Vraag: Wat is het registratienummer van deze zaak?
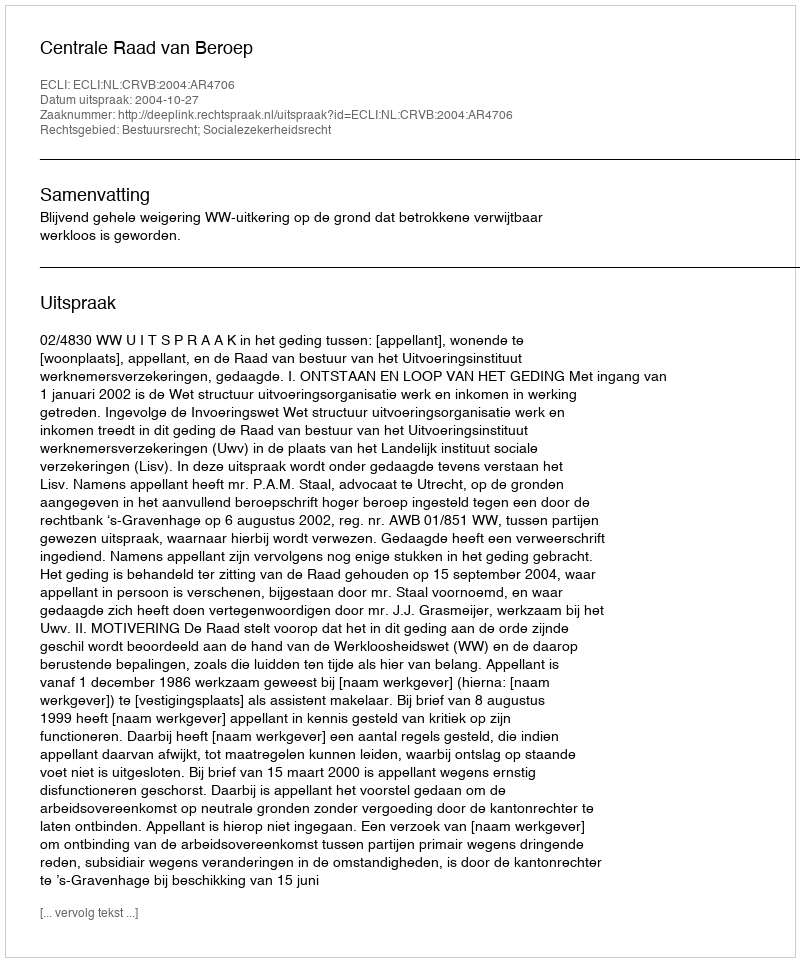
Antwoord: http://deeplink.rechtspraak.nl/uitspraak?id=ECLI:NL:CRVB:2004:AR4706